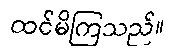
ထင်မိကြသည်။